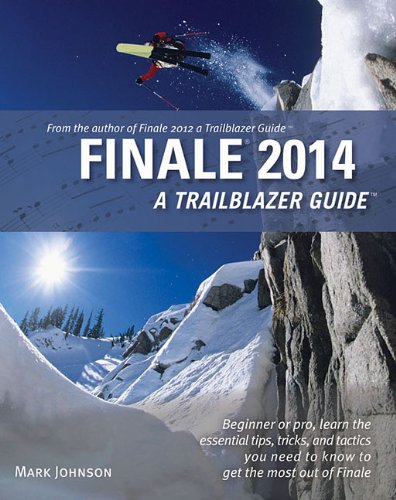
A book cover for Finale 2014: A Trailblazer Guide; Mark Johnson; Arts & Photography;